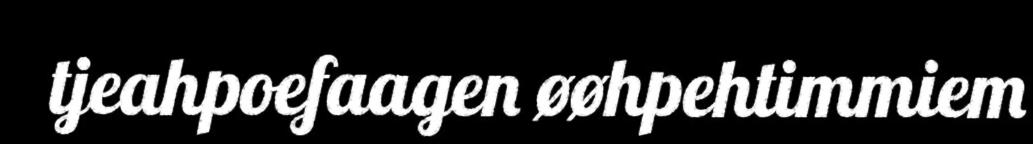
tjeahpoefaagen øøhpehtimmiem